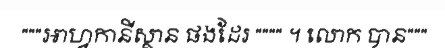
"""អាហ្វកានីស្ថាន ផងដែរ """" ។ លោក បាន"""